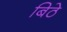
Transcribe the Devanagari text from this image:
बिठे